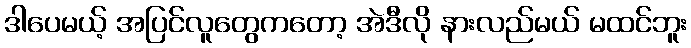
ဒါပေမယ့် အပြင်လူတွေကတော့ အဲဒီလို နားလည်မယ် မထင်ဘူး